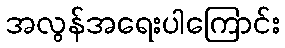
အလွန်အရေးပါကြောင်း